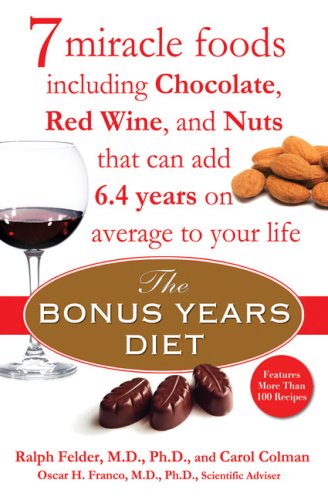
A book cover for The Bonus Years Diet: 7 Miracle Foods Including Chocolate, Red Wine, and Nuts That Can Add 6.4 Yearson Average to Your Life; Ralph Felder; Health, Fitness & Dieting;